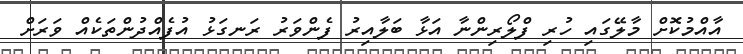
އާއްމުކޮށް މާލޭގައި ހުރި ފްލޯރިންނާ އަޅާ ބަލާއިރު ފެންވަރު ރަނގަޅު އުފެއްދުންތަކެއް ވަރަށް